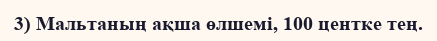
3) Мальтаның ақша өлшемі, 100 центке тең.